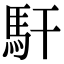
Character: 馯